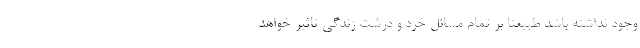
وجود نداشته باشد طبیعتا بر تمام مسائل خرد و درشت زندگی تاثیر خواهد